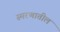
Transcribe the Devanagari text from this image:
स्मरणातील